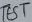
Text: TEST